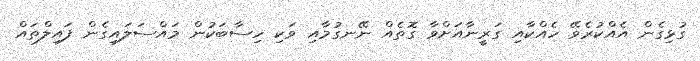
ގުޅިގެން އެއްކުރެވޭ ހެއްކާއި ގަރީނާއަށްވާ ގޮތެއް ނޭނގުމާއި ވަކި ހިސާބަކުން މައްސަލައިގެން ފައިލްތައް